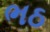
ભઠ